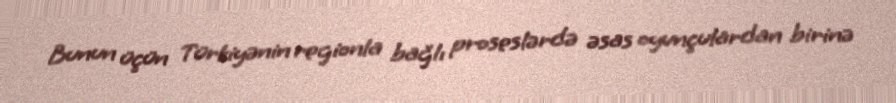
Bunun üçün Türkiyənin regionla bağlı proseslərdə əsas oyunçulardan birinə